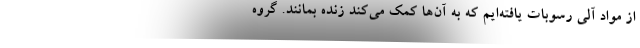
از مواد آلی رسوبات یافته‌ایم که به آن‌ها کمک می‌کند زنده بمانند. گروه